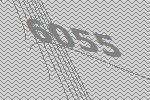
6055